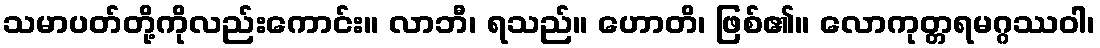
သမာပတ်တို့ကိုလည်းကောင်း။ လာဘီ၊ ရသည်။ ဟောတိ၊ ဖြစ်၏။ လောကုတ္တရမဂ္ဂဿဝါ၊